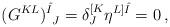
LaTeX: \begin{align*}(G^{KL})^{\hat{I}}_{~J}=\delta^{[K}_J\eta^{L]\hat{I}}=0\,,\end{align*}